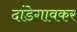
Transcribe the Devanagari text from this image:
दांडेगावकर